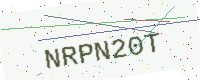
Text: NRPN20T